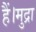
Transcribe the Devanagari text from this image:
हैं।मुद्रा